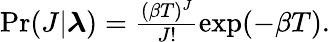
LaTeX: \begin{array}{r}{\mathrm{Pr}(J|\boldsymbol{\lambda})=\frac{(\beta T)^{J}}{J!}\exp(-\beta T).}\end{array}